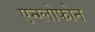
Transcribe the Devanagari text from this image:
एन्ग्लोफोन